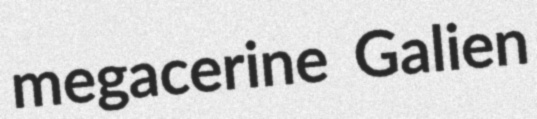
megacerine Galien